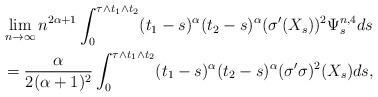
LaTeX: \begin{align*} & \lim_{n\rightarrow \infty} n^{2\alpha+1} \int_0^{\tau \wedge t_1 \wedge t_2 } (t_1-s)^{\alpha} (t_2-s)^{\alpha} (\sigma'(X_s))^2 \Psi^{n,4}_s ds\\ & =\frac {\alpha} {2(\alpha+1)^2}\int_0^{\tau \wedge t_1 \wedge t_2 } (t_1-s)^{\alpha} (t_2-s)^{\alpha}(\sigma'\sigma)^2(X_s) ds, \end{align*}